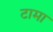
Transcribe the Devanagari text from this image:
टामा